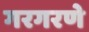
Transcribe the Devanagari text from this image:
गरगरणे